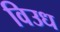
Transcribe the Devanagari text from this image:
विउध